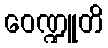
ဝေဏ္ဍူတိ